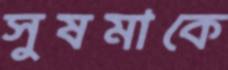
সুষমাকে